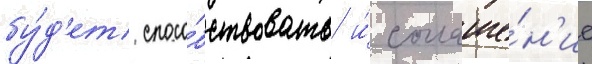
бу́д'ет спосо́бствовать и́ соглаше́н'ие